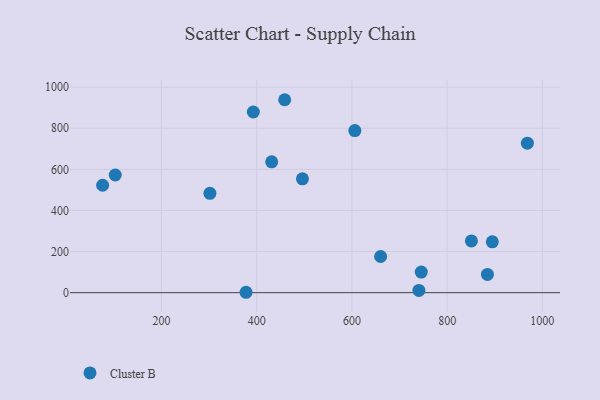
{"axis": {"x": "Study Hours", "y": "Yield"}, "legend": ["Cluster B"], "data": [{"x": "606.2", "y": 788.7, "type": "Cluster B"}, {"x": "393.0", "y": 879.0, "type": "Cluster B"}, {"x": "496.1", "y": 554.1, "type": "Cluster B"}, {"x": "377.7", "y": 1.9, "type": "Cluster B"}, {"x": "660.3", "y": 175.9, "type": "Cluster B"}, {"x": "458.8", "y": 938.8, "type": "Cluster B"}, {"x": "851.0", "y": 251.6, "type": "Cluster B"}, {"x": "740.7", "y": 10.9, "type": "Cluster B"}, {"x": "968.5", "y": 727.4, "type": "Cluster B"}, {"x": "431.5", "y": 636.5, "type": "Cluster B"}, {"x": "884.6", "y": 88.9, "type": "Cluster B"}, {"x": "745.7", "y": 100.2, "type": "Cluster B"}, {"x": "76.5", "y": 522.6, "type": "Cluster B"}, {"x": "103.0", "y": 572.5, "type": "Cluster B"}, {"x": "301.8", "y": 483.4, "type": "Cluster B"}, {"x": "894.9", "y": 247.2, "type": "Cluster B"}]}